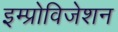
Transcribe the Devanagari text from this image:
इम्प्रोविजेशन